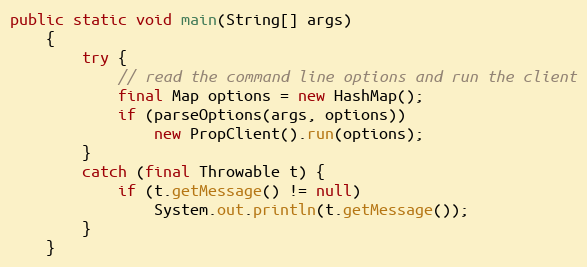
Language: Java
public static void main(String[] args)
	{
		try {
			// read the command line options and run the client
			final Map options = new HashMap();
			if (parseOptions(args, options))
				new PropClient().run(options);
		}
		catch (final Throwable t) {
			if (t.getMessage() != null)
				System.out.println(t.getMessage());
		}
	}